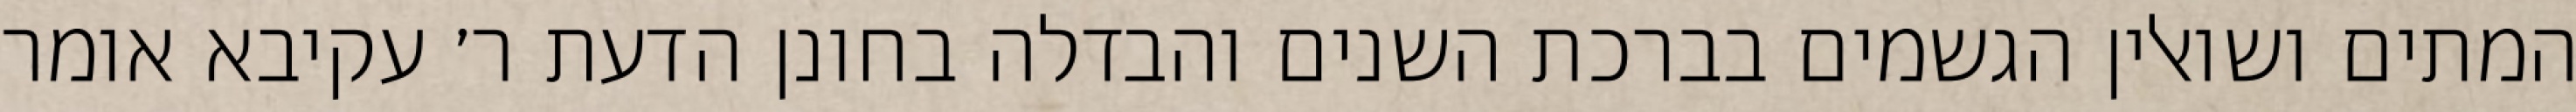
המתים ושואלין הגשמים בברכת השנים והבדלה בחונן הדעת ר׳ עקיבא אומר